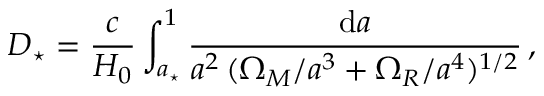
D _ { \star } = \frac { c } { H _ { 0 } } \int _ { a _ { \star } } ^ { 1 } \frac { \mathrm { d } a } { a ^ { 2 } \, ( \Omega _ { M } / a ^ { 3 } + \Omega _ { R } / a ^ { 4 } ) ^ { 1 / 2 } } \, ,